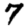
Digit: 7